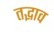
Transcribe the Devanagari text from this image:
तद्भाव